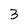
Character: 3